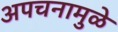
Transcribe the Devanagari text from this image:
अपचनामुळे